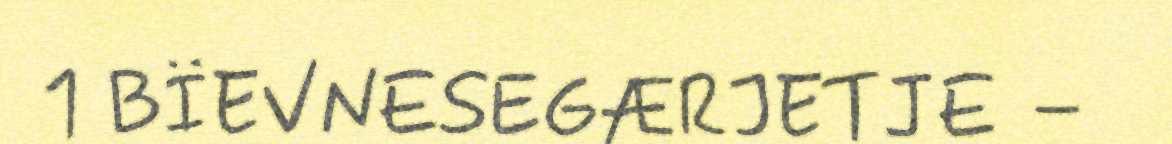
1 BÏEVNESEGÆRJETJE –